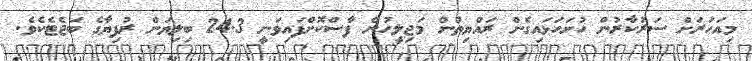
މިއަހަރަށް ސަރުކާރުން ހުށަހަޅައިގެން ރައްޔިތުން މަޖިލީހުން ފާސްކޮށްފައިވަނީ 24.3 ބިލިޔަން ރުފިޔާގެ ބަޖެޓެކެވެ.